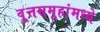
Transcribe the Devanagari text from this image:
वृ्त्तसमूहांमध्ये